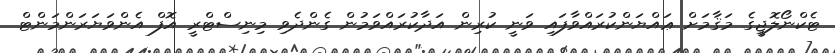
ޓެކްނޯލޮޖީގެ މަޤާމަށް ޢައްޔަންކުރައްވާފައި ވަނީ ކުރިން އަދާކުރައްވަމުން ގެންދެވި މިނިސްޓްރީ އޮފް އެންވަޔަރަންމަންޓް